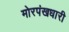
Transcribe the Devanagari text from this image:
मोरपंखधारी